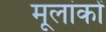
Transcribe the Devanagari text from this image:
मूलांकों